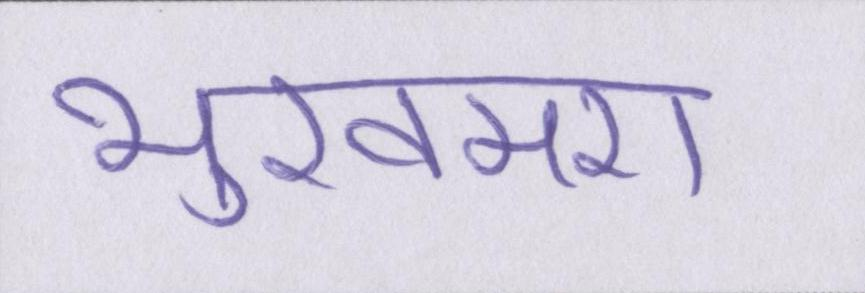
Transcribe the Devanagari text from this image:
भुखमरी